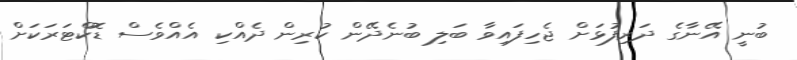
ބުނީ އޭނާގެ ދަރިފުޅަށް ޖެހިފައިވާ ބަލި ބުނެދޭން ކުރިން ދެއްކި އެއްވެސް ޑޮކްޓަރަކަށް